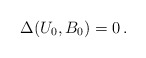
\begin{align*}\Delta(U_0,B_0)=0\,.\end{align*}